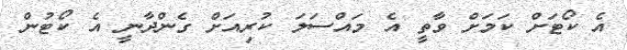
އެ ކޯޓަށް ކަމަށް ވާތީ އެ މައްސަލަ ކުރިއަށް ގެންދާނީ އެ ކޯޓުން